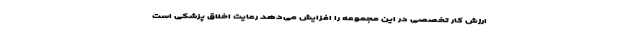
ارزش کار تخصصی در این مجموعه را افزایش می‌دهد رعایت اخلاق پزشکی است